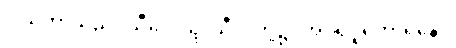
ဒါယကာသည်။ သီလေသု၊ သီလတို့၌။ အပရိပူရကာရိနော၊